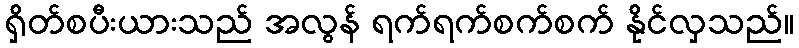
ရှိတ်စပီးယားသည် အလွန် ရက်ရက်စက်စက် နိုင်လှသည်။